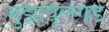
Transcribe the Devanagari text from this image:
मुझापूलंगड